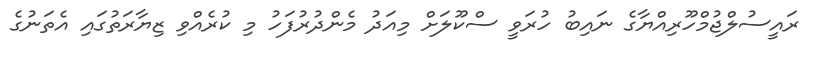
ރައީސުލްޖުމްހޫރިއްޔާގެ ނައިބު ހުރަވީ ސްކޫލަށް މިއަދު މެންދުރުފަހު މި ކުރެއްވި ޒިޔާރަތުގައި އެތަނުގެ